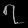
Digit: ၇